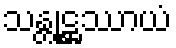
သန္တုဋ္ဌဿာယံ